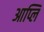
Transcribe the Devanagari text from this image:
आप्लि